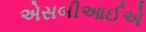
એસબીઆઈએ